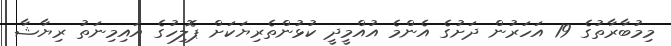
މިމުބާރާތުގެ 19 އަހަރުން ދަށުގެ އެންމެ އުއްމީދީ ކުޅުންތެރިޔަކަށް ޕޮލިހުގެ އައިމިނަތު ރިޔާޝާ